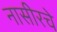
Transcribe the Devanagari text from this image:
नासीरचे